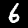
Digit: 6